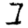
Digit: 1